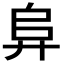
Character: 𭚖